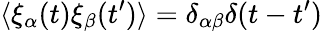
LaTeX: \langle\xi_{\alpha}(t)\xi_{\beta}(t^{\prime})\rangle=\delta_{\alpha\beta}\delta(t-t^{\prime})